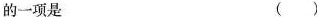
的一项是 ( )